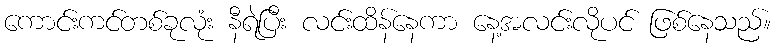
ကောင်းကင်တစ်ခုလုံး နီရဲပြီး လင်းထိန်နေကာ နေ့အလင်းလိုပင် ဖြစ်နေသည်။